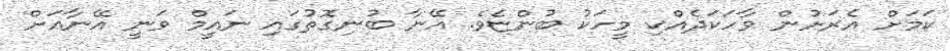
ކަމަށް އެރަށުން ވާހަކަދެއްކި މީހަކު ބުންޏެވެ. އޭނާ ބުނިގޮތުގައި ނައީމް ވަނީ އޭނާއަށް